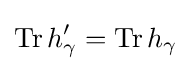
\operatorname {Tr} h'_{\gamma }=\operatorname {Tr} h_{\gamma }